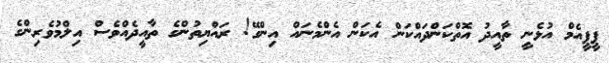
ޕީޕީއެމް އުޅެނީ ތާއީދު އޮތްކަންދައްކަން އެކަން އެންމެނައް އިންގޭ! ރައްޔިތުންގެ ތާއީދެއްވެސް އިލްމުވެރިންގެ